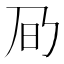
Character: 𪜌